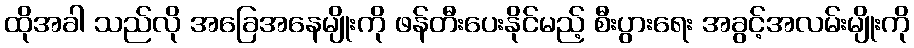
ထိုအခါ သည်လို အခြေအနေမျိုးကို ဖန်တီးပေးနိုင်မည့် စီးပွားရေး အခွင့်အလမ်းမျိုးကို